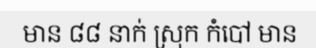
មាន ៨៨ នាក់ ស្រុក កំបៅ មាន